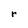
Character: r